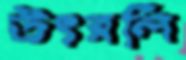
উৎরলি